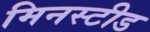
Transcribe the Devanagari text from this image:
मिनस्टीड